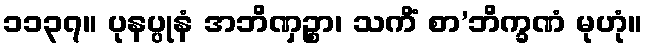
၁၁၃၇။ ပုနပ္ပုနံ အဘိဏှဉ္စာ၊ သကိံ စာ’ဘိက္ခဏံ မုဟုံ။